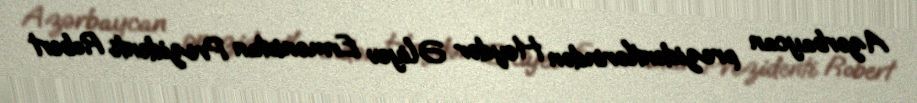
Azərbaycan prezidentlərindən Heydər Əliyev Ermənistan Prezidenti Robert